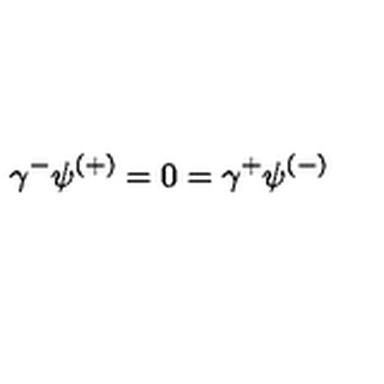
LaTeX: \gamma ^ { - } \psi ^ { ( + ) } = 0 = \gamma ^ { + } \psi ^ { ( - ) }